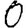
Digit: 0